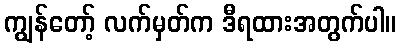
ကျွန်တော့် လက်မှတ်က ဒီရထားအတွက်ပါ။